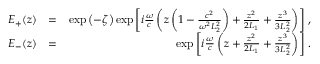
\begin{array} { r l r } { E _ { + } ( z ) } & { = } & { \exp \left( - \zeta \right) \exp \left[ i \frac { \omega } { c } \left( z \left( 1 - \frac { c ^ { 2 } } { \omega ^ { 2 } L _ { 2 } ^ { 2 } } \right) + \frac { z ^ { 2 } } { 2 L _ { 1 } } + \frac { z ^ { 3 } } { 3 L _ { 2 } ^ { 2 } } \right) \right] \, , } \\ { E _ { - } ( z ) } & { = } & { \exp \left[ i \frac { \omega } { c } \left( z + \frac { z ^ { 2 } } { 2 L _ { 1 } } + \frac { z ^ { 3 } } { 3 L _ { 2 } ^ { 2 } } \right) \right] \, . } \end{array}